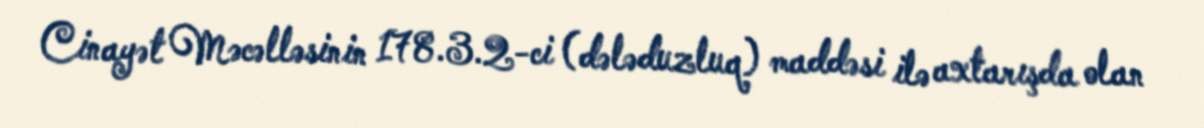
Cinayət Məcəlləsinin 178.3.2-ci (dələduzluq) maddəsi ilə axtarışda olan